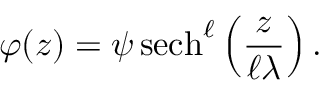
\varphi ( z ) = \psi { \, \mathrm { s e c h } } ^ { \ell } \left( { \frac { z } { \ell \lambda } } \right) .